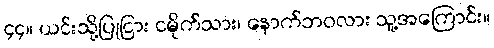
၄၄။ ယင်းသို့ပြုငြား ငမိုက်သား၊ နောက်ဘဝလား သူ့အကြောင်း။